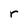
Character: r